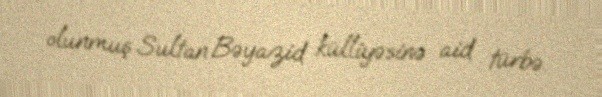
olunmuş Sultan Bəyazid külliyəsinə aid türbə.